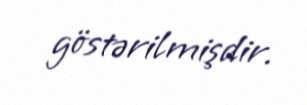
göstərilmişdir.